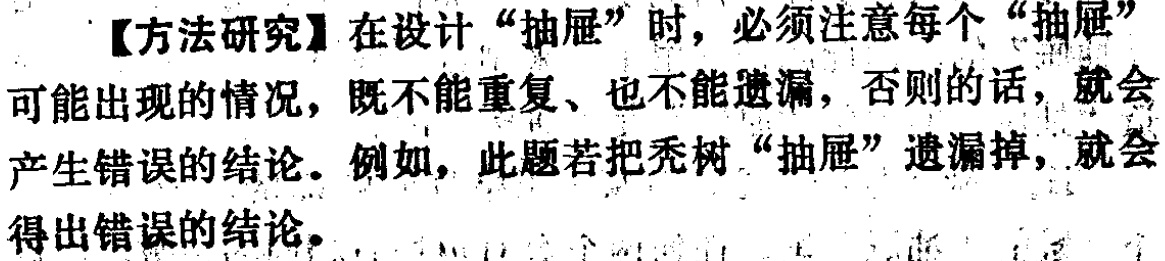
【方法研究】在设计“抽屉”时，必须注意每个“抽屉”可能出现的情况，既不能重复、也不能遗漏，否则的话，就会产生错误的结论。例如，此题若把秃树“抽屉”遗漏掉，就会得出错误的结论。